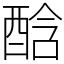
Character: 䣻